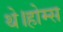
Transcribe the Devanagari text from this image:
थे।होम्स